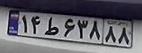
۱۴ط۶۳۸۸۸